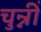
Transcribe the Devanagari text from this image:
चुन्नीं